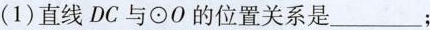
(1)直线DC与\odot O的位置关系是___；